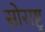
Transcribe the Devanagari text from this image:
सोराष्ट्र